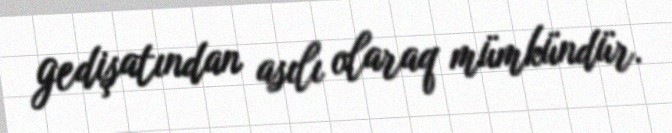
gedişatından asılı olaraq mümkündür.